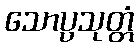
သောပ္ပသုတ္တံ